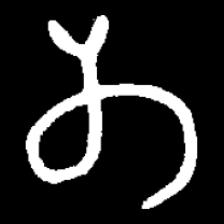
Pyu character \u2014 Myanmar letter: တ (romanized: ta)